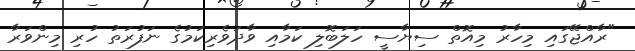
"ރާއްޖޭގައި މިހާރު މިއޮތް ސިޔާސީ ހަލަބޮލި ކަމާއި ވާދަވެރިކަމުގެ ނަފުރަތު ހުރި މިންވަރާ